Report of the Hyderabad Chloroform Commission
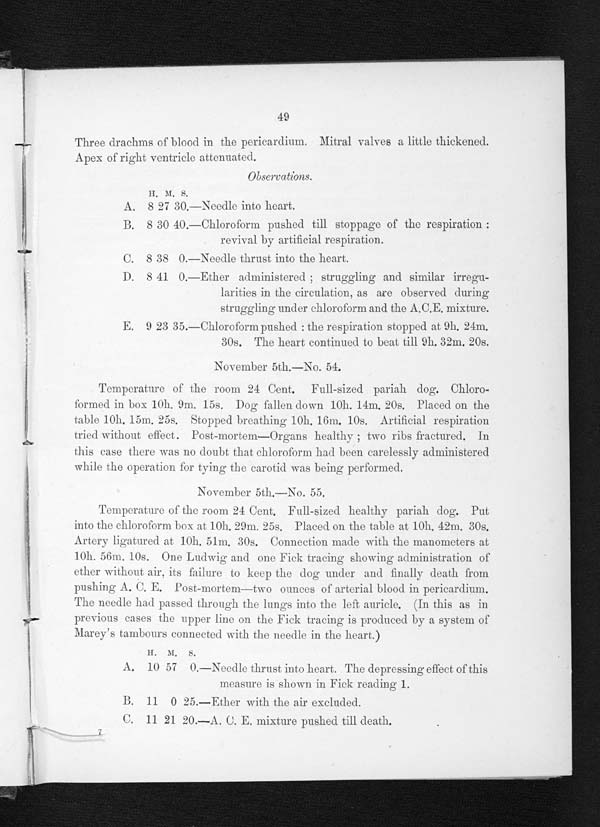
49
Three drachms of blood in the pericardium. Mitral valves a little thickened.
Apex of right ventricle attenuated.
O b s e r v a t i o n s .
H . M .
S .
A. 8 27 30.—Needle into heart.
B. 8 30 40. —Chl or of or m pushed t i l l st oppage of t he r espi r at i on :
revival by artificial respiration.
C. 8 38 0.—Needle thrust into the heart.
D. 8 41 0.—Ether administered struggling and similar irregu-
larities in the circulation, as are observed during
struggling under chloroform and the A.C.E. mixture.
E. 9 23 35. —Chl or of or m pushed: t he r espi r at i on st opped at 9h. 24m.
30s. The heart continued to beat till 9h. 32m. 20s.
November 5th.—No. 54.
Temperature or the room 24 Cent. Full-sized pariah dog. Chloro-
formed in box 10h. 9m. 15s. Dog fallen down 10h. 14m. 20s. Placed on the
table 10h. 15m. 25s. Stopped breathing 10h. 16m. 10s. Artificial respiration
tried without. effect. Post-mortem—Organs healthy; two ribs fractured. In
this case there was no doubt that chloroform had been carelessly administered
while the operation for tying the carotid was being performed.
November 5th.—No. 55.
Temperature of the room 24 Cent. Full-sized healthy pariah dog. Put
into the chloroform box at 10h. 29m. 25s. Placed On the table at 10h. 42m, 30s.
Artery ligatured at 10h. 51m. 30s. Connection made with the manometers at
l0h. 56m. 10s. One Ludwig and one Fick tracing showing administration of
et her wi t hout ai r, i t s fai l ure t o keep t he dog under and fi nal l y deat h from
pushing A. C. E. Post-mortem-two ounces of arterial blood in pericardium.
The needle had passed through the lungs into the left auricle. (In this as in
previous cases the upper line on the Fick tracing is produced by a system of
Marey's tambours connected with the needle in the heart.)
H . M
. S .
A. 10 57 0.—Needle thrust into heart. The depressing effect of this
measure is shown. in Fick reading 1.
B. 11 0 25. —Ether with the air excluded.
C. 11 21 20.—A. C. E. mixture pushed till death.
7